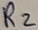
Text: R2